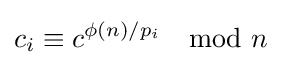
c_{i}\equiv c^{\phi (n)/p_{i}}\mod n